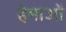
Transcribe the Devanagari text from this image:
हेमाओं